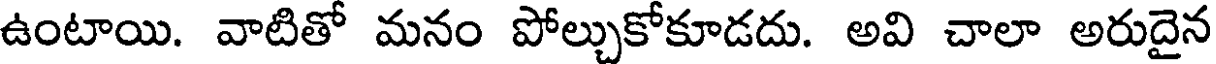
ఉంటాయి. వాటితో మనం పోల్చుకోకూడదు. అవి చాలా అరుదైన